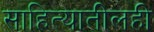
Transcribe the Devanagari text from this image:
साहित्यातीलही